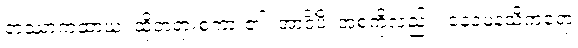
တဿာကထာယ၊ ထိုတရားစကား၏။ အာဒိံပိ၊ အစကိုလည်း။ နေဝမနသိကရော